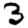
Digit: 3